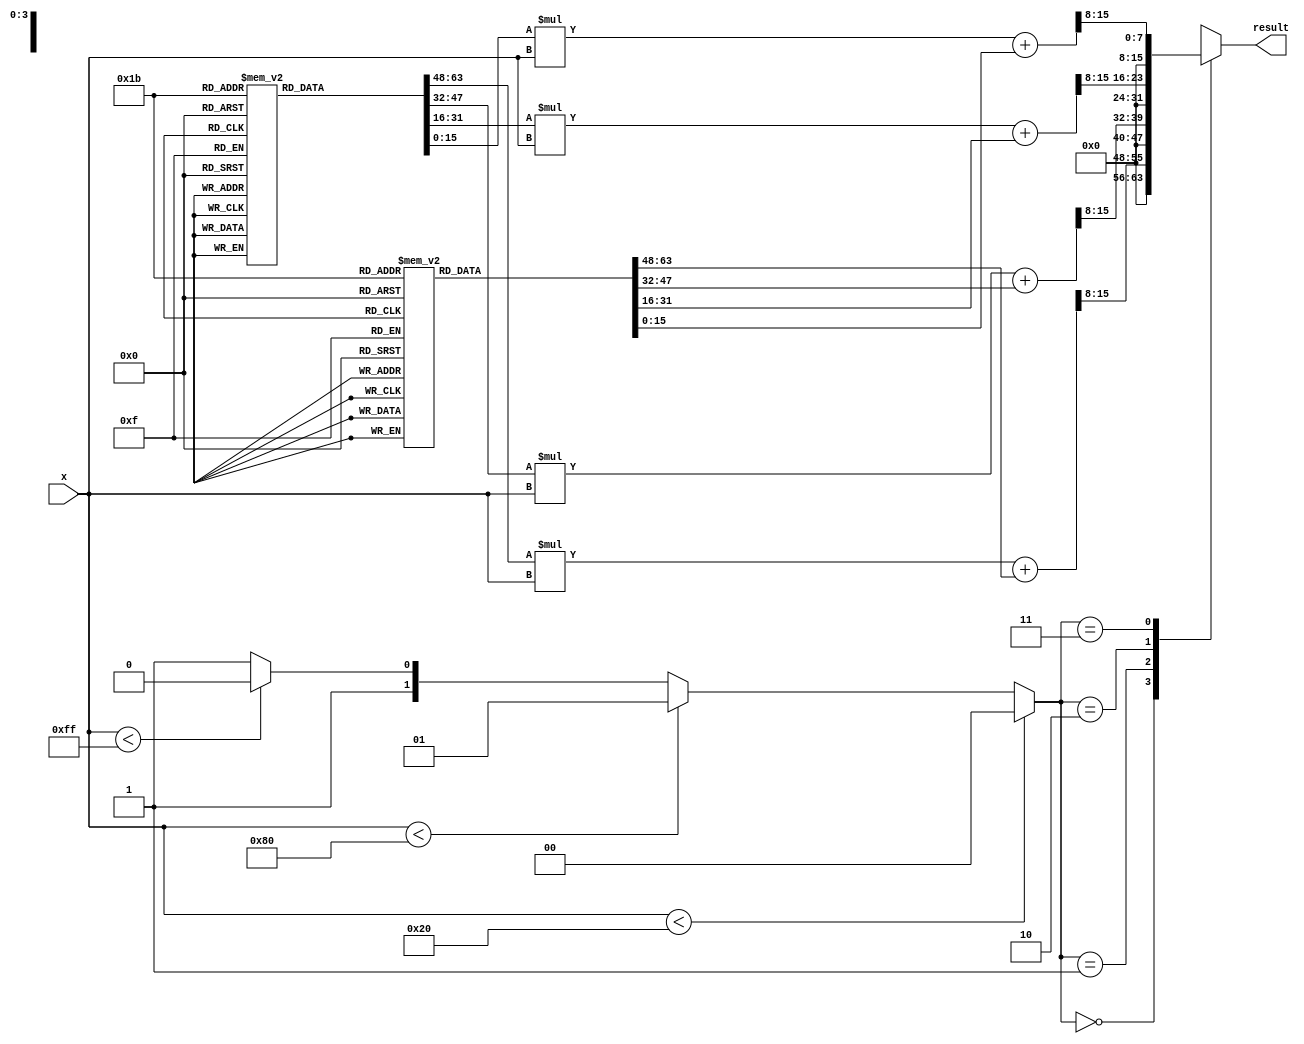
module PLAR (
    input  wire [7:0] x,       // 8-bit input (positive fixed-point number)
    output reg  [15:0] result   // 16-bit output for reciprocal result
);

    // Define the piecewise segments
    // For simplicity, only a few segments are defined. More can be added as needed.
    reg [15:0] m [0:3]; // slopes
    reg [15:0] b [0:3]; // intercepts
    reg [1:0] segment; // segment selector
    
    // Initialize the LUT (slopes and intercepts)
    initial begin
        // Segment 0: [0.1, 0.2)
        m[0] = 16'hC000; // slope (approx. -0.5)
        b[0] = 16'h8000; // intercept (approx. 0.5)
        
        // Segment 1: [0.2, 0.5)
        m[1] = 16'h6000; // slope (approx. -0.25)
        b[1] = 16'h4000; // intercept (approx. 0.25)

        // Segment 2: [0.5, 1.0)
        m[2] = 16'h3000; // slope (approx. -0.125)
        b[2] = 16'h2000; // intercept (approx. 0.125)

        // Segment 3: [1.0, 2.0)
        m[3] = 16'h1800; // slope (approx. -0.0625)
        b[3] = 16'h1000; // intercept (approx. 0.0625)
    end

    // Segment selection based on input x
    always @(*) begin
        if (x < 8'h20) begin  // [0.1, 0.2) -> x < 32
            segment = 2'b00; 
        end else if (x < 8'h80) begin // [0.2, 0.5) -> x < 128
            segment = 2'b01;
        end else if (x < 8'hFF) begin // [0.5, 1.0) -> x < 255
            segment = 2'b10; 
        end else begin // [1.0, 2.0) -> x >= 255
            segment = 2'b11;
        end
    end

    // Calculate the reciprocal using linear approximation
    always @(*) begin
        // Apply the linear approximation formula y = m * x + b
        // Here we need to scale x to match the fixed-point representation
        case (segment)
            2'b00: result = (m[0] * x + b[0]) >> 8; // Segment 0
            2'b01: result = (m[1] * x + b[1]) >> 8; // Segment 1
            2'b10: result = (m[2] * x + b[2]) >> 8; // Segment 2
            2'b11: result = (m[3] * x + b[3]) >> 8; // Segment 3
            default: result = 16'hFFFF; // error case
        endcase
    end

endmodule